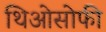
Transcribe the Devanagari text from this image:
थिओसोफी